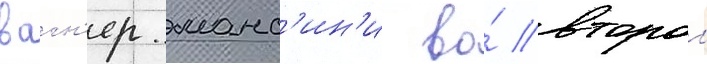
вагн'ер манс'ин'и во́ второи